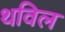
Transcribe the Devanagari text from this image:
थविल